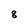
Character: 8